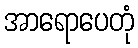
အာရောပေတုံ